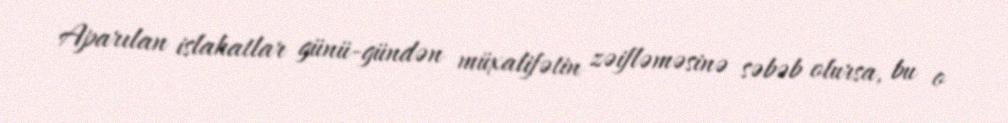
Aparılan islahatlar günü-gündən müxalifətin zəifləməsinə səbəb olursa, bu o